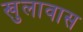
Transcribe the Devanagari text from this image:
खुलावास